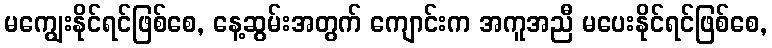
မကျွေးနိုင်ရင်ဖြစ်စေ, နေ့ဆွမ်းအတွက် ကျောင်းက အကူအညီ မပေးနိုင်ရင်ဖြစ်စေ,